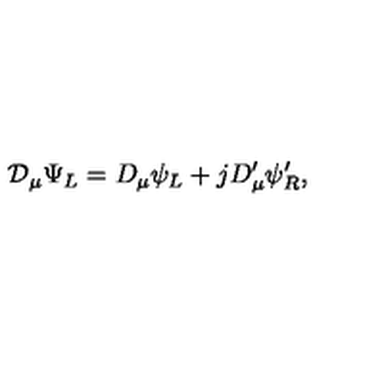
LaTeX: { \cal D } _ { \mu } \Psi _ { L } = D _ { \mu } \psi _ { L } + j D _ { \mu } ^ { \prime } \psi _ { R } ^ { \prime } ,